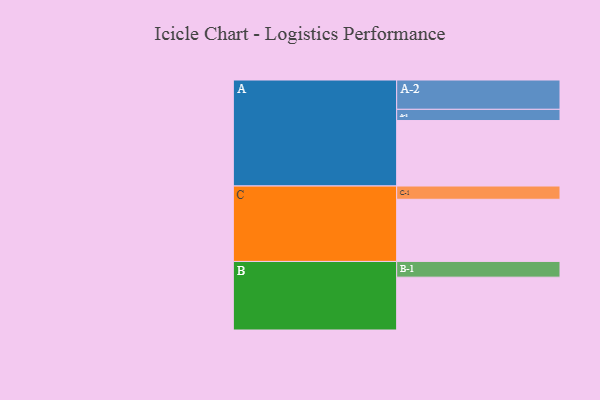
{"axis": {"x": "Segment", "y": "Value"}, "legend": ["", "A", "B", "C"], "data": [{"x": "A", "y": 554, "type": ""}, {"x": "B", "y": 447, "type": ""}, {"x": "C", "y": 526, "type": ""}, {"x": "A-1", "y": 95, "type": "A"}, {"x": "A-2", "y": 248, "type": "A"}, {"x": "B-1", "y": 133, "type": "B"}, {"x": "C-1", "y": 112, "type": "C"}]}